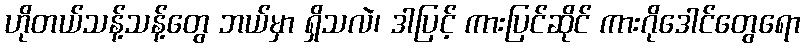
ဟိုတယ်သန့်သန့်တွေ ဘယ်မှာ ရှိသလဲ၊ ဒါပြင့် ကားပြင်ဆိုင် ကားဂိုဒေါင်တွေရော